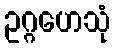
ဥဂ္ဂဟေသုံ